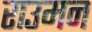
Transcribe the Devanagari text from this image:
राउमन